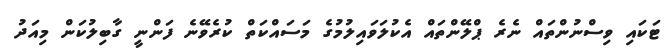
ޓަކައި ވިސްނުންތައް ނެރެ ޕްލޭންތައް އެކުލަވައިލުމުގެ މަސައްކަތް ކުރެވޭނެ ފަންނީ ގާބިލުކަން މިއަދު